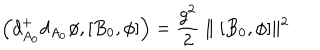
\left( d _ { A _ { 0 } } ^ { + } d _ { A _ { 0 } } \phi , [ B _ { 0 } , \phi ] \right) = { \frac { g ^ { 2 } } { 2 } } \parallel [ B _ { 0 } , \phi ] \parallel ^ { 2 }